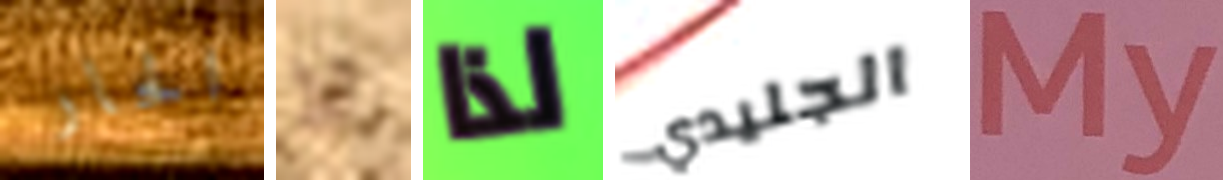
الحار لا لذا الجليدي My